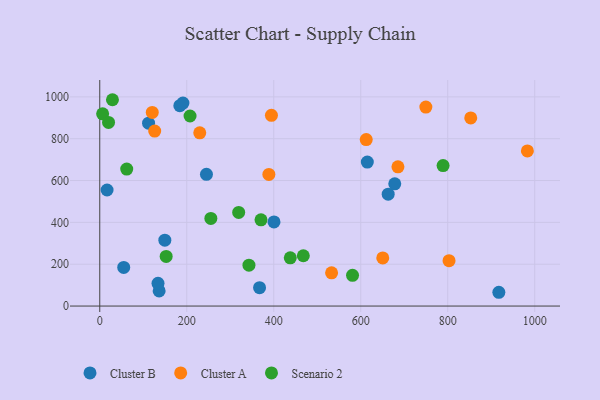
{"axis": {"x": "Distance", "y": "Rating"}, "legend": ["Cluster A", "Cluster B", "Scenario 2"], "data": [{"x": "917.5", "y": 65.9, "type": "Cluster B"}, {"x": "184.1", "y": 958.0, "type": "Cluster B"}, {"x": "136.5", "y": 72.5, "type": "Cluster B"}, {"x": "191.2", "y": 970.5, "type": "Cluster B"}, {"x": "367.4", "y": 87.9, "type": "Cluster B"}, {"x": "400.6", "y": 402.0, "type": "Cluster B"}, {"x": "112.2", "y": 874.0, "type": "Cluster B"}, {"x": "133.9", "y": 108.8, "type": "Cluster B"}, {"x": "663.1", "y": 534.6, "type": "Cluster B"}, {"x": "149.6", "y": 315.1, "type": "Cluster B"}, {"x": "16.8", "y": 554.8, "type": "Cluster B"}, {"x": "615.1", "y": 688.5, "type": "Cluster B"}, {"x": "678.2", "y": 584.5, "type": "Cluster B"}, {"x": "245.3", "y": 629.7, "type": "Cluster B"}, {"x": "55.1", "y": 184.8, "type": "Cluster B"}, {"x": "803.0", "y": 217.0, "type": "Cluster A"}, {"x": "120.7", "y": 925.6, "type": "Cluster A"}, {"x": "612.6", "y": 796.0, "type": "Cluster A"}, {"x": "533.0", "y": 159.1, "type": "Cluster A"}, {"x": "650.6", "y": 229.9, "type": "Cluster A"}, {"x": "983.1", "y": 741.6, "type": "Cluster A"}, {"x": "126.3", "y": 836.3, "type": "Cluster A"}, {"x": "394.7", "y": 911.6, "type": "Cluster A"}, {"x": "749.7", "y": 951.1, "type": "Cluster A"}, {"x": "229.9", "y": 828.3, "type": "Cluster A"}, {"x": "685.5", "y": 665.5, "type": "Cluster A"}, {"x": "388.8", "y": 629.0, "type": "Cluster A"}, {"x": "852.9", "y": 899.5, "type": "Cluster A"}, {"x": "207.6", "y": 908.4, "type": "Scenario 2"}, {"x": "581.1", "y": 147.0, "type": "Scenario 2"}, {"x": "789.3", "y": 671.6, "type": "Scenario 2"}, {"x": "468.0", "y": 240.4, "type": "Scenario 2"}, {"x": "29.2", "y": 986.3, "type": "Scenario 2"}, {"x": "343.0", "y": 195.6, "type": "Scenario 2"}, {"x": "6.6", "y": 918.7, "type": "Scenario 2"}, {"x": "370.7", "y": 412.0, "type": "Scenario 2"}, {"x": "20.2", "y": 877.8, "type": "Scenario 2"}, {"x": "319.4", "y": 447.7, "type": "Scenario 2"}, {"x": "255.4", "y": 418.7, "type": "Scenario 2"}, {"x": "438.0", "y": 230.4, "type": "Scenario 2"}, {"x": "152.7", "y": 237.1, "type": "Scenario 2"}, {"x": "62.0", "y": 654.9, "type": "Scenario 2"}]}